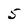
Character: 5